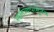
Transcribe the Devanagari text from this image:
स्वातंत्र्यापासूनच